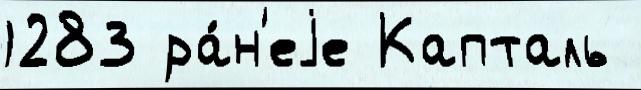
1283 ра́н'еjе Капталь